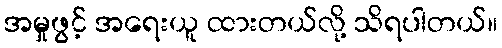
အမှုဖွင့် အရေးယူ ထားတယ်လို့ သိရပါတယ်။